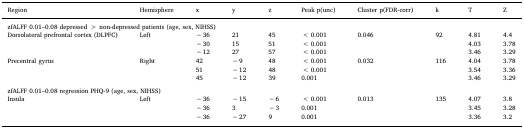
<table><thead><tr><td><b>Region</b></td><td><b>Hemisphere</b></td><td><b>x</b></td><td><b>y</b></td><td><b>z</b></td><td><b>Peak p(unc)</b></td><td><b>Cluster p(FDR-corr)</b></td><td><b>k</b></td><td><b>T</b></td><td><b>Z</b></td></tr></thead><tbody><tr><td colspan="10">zfALFF 0.01–0.08 depressed &gt; non-depressed patients (age, sex, NIHSS)</td></tr><tr><td rowspan="3">Dorsolateral prefrontal cortex (DLPFC)</td><td rowspan="3">Left</td><td>− 36</td><td>21</td><td>45</td><td>&lt; 0.001</td><td rowspan="3">0.046</td><td rowspan="3">92</td><td>4.81</td><td>4.4</td></tr><tr><td>− 30</td><td>15</td><td>51</td><td>&lt; 0.001</td><td>4.03</td><td>3.78</td></tr><tr><td>− 12</td><td>27</td><td>57</td><td>&lt; 0.001</td><td>3.46</td><td>3.29</td></tr><tr><td rowspan="3">Precentral gyrus</td><td rowspan="3">Right</td><td>42</td><td>− 9</td><td>48</td><td>&lt; 0.001</td><td rowspan="3">0.032</td><td rowspan="3">116</td><td>4.04</td><td>3.78</td></tr><tr><td>51</td><td>− 12</td><td>48</td><td>&lt; 0.001</td><td>3.54</td><td>3.36</td></tr><tr><td>45</td><td>− 12</td><td>39</td><td>0.001</td><td>3.46</td><td>3.29</td></tr><tr><td colspan="10">  </td></tr><tr><td colspan="10">zfALFF 0.01–0.08 regression PHQ-9 (age, sex, NIHSS)</td></tr><tr><td rowspan="3">Insula</td><td rowspan="3">Left</td><td>− 36</td><td>− 15</td><td>− 6</td><td>&lt; 0.001</td><td rowspan="3">0.013</td><td rowspan="3">135</td><td>4.07</td><td>3.8</td></tr><tr><td>− 36</td><td>3</td><td>− 3</td><td>0.001</td><td>3.45</td><td>3.28</td></tr><tr><td>− 36</td><td>− 27</td><td>9</td><td>0.001</td><td>3.36</td><td>3.2</td></tr></tbody></table>